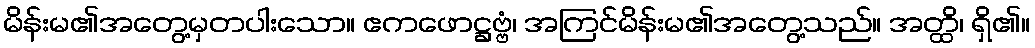
မိန်းမ၏အတွေ့မှတပါးသော။ ဧကဖောဋ္ဌဗ္ဗံ၊ အကြင်မိန်းမ၏အတွေ့သည်။ အတ္ထိ၊ ရှိ၏။